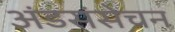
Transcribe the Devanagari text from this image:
अंडसंसेचन